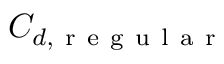
C _ { d , \mathrm { ~ r ~ e ~ g ~ u ~ l ~ a ~ r ~ } }